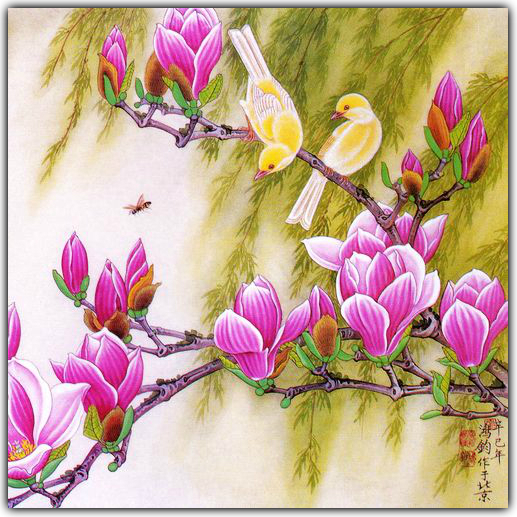
黄鹂啭处谁同听，白菊开时且剩过。